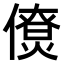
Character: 𠏗